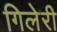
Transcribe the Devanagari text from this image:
गिलेरी